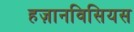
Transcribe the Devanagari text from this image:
हज़ानविसियस